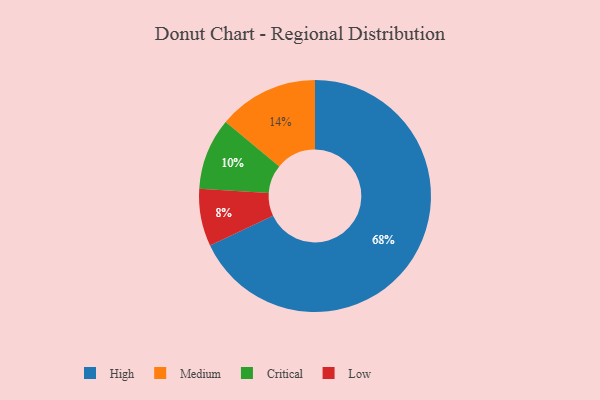
{"axis": {"x": "Category", "y": "Percentage"}, "legend": ["Critical", "High", "Low", "Medium"], "data": [{"x": "Critical", "y": 10, "type": "Critical"}, {"x": "Low", "y": 8, "type": "Low"}, {"x": "High", "y": 68, "type": "High"}, {"x": "Medium", "y": 14, "type": "Medium"}]}